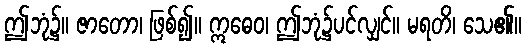
ဤဘုံ၌။ ဇာတော၊ ဖြစ်၍။ ဣဓေဝ၊ ဤဘုံ၌ပင်လျှင်။ မရတိ၊ သေ၏။